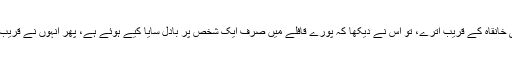
لیکن اُس سال جب اس قافلے والے اُس کی خانقاہ کے قریب اترے، تو اُس نے دیکھا کہ پورے قافلے میں صرف ایک شخص پر بادل سایا کیے ہوئے ہے، پھر انہوں نے قریب ہی ایک درخت کے سائے میں پڑاؤ ڈالا۔